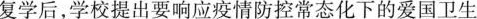
复学后，学校提出要响应疫情防控常态化下的爱国卫生